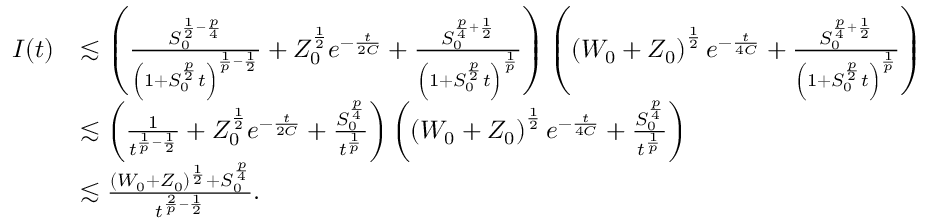
\begin{array} { r l } { I ( t ) } & { \lesssim \left( \frac { S _ { 0 } ^ { \frac { 1 } { 2 } - \frac { p } { 4 } } } { \left( 1 + S _ { 0 } ^ { \frac { p } { 2 } } t \right) ^ { \frac { 1 } { p } - \frac { 1 } { 2 } } } + Z _ { 0 } ^ { \frac { 1 } { 2 } } e ^ { - \frac { t } { 2 C } } + \frac { S _ { 0 } ^ { \frac { p } { 4 } + \frac { 1 } { 2 } } } { \left( 1 + S _ { 0 } ^ { \frac { p } { 2 } } t \right) ^ { \frac { 1 } { p } } } \right) \left( \left( W _ { 0 } + Z _ { 0 } \right) ^ { \frac { 1 } { 2 } } e ^ { - \frac { t } { 4 C } } + \frac { S _ { 0 } ^ { \frac { p } { 4 } + \frac { 1 } { 2 } } } { \left( 1 + S _ { 0 } ^ { \frac { p } { 2 } } t \right) ^ { \frac { 1 } { p } } } \right) } \\ & { \lesssim \left( \frac { 1 } { t ^ { \frac { 1 } { p } - \frac { 1 } { 2 } } } + Z _ { 0 } ^ { \frac { 1 } { 2 } } e ^ { - \frac { t } { 2 C } } + \frac { S _ { 0 } ^ { \frac { p } { 4 } } } { t ^ { \frac { 1 } { p } } } \right) \left( \left( W _ { 0 } + Z _ { 0 } \right) ^ { \frac { 1 } { 2 } } e ^ { - \frac { t } { 4 C } } + \frac { S _ { 0 } ^ { \frac { p } { 4 } } } { t ^ { \frac { 1 } { p } } } \right) } \\ & { \lesssim \frac { ( W _ { 0 } + Z _ { 0 } ) ^ { \frac { 1 } { 2 } } + S _ { 0 } ^ { \frac { p } { 4 } } } { t ^ { \frac { 2 } { p } - \frac { 1 } { 2 } } } . } \end{array}